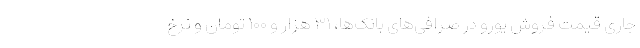
جاری قیمت فروش یورو در صرافی‌های بانک‌ها، ۳۱ هزار و ۱۰۰ تومان و نرخ